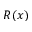
R ( x )